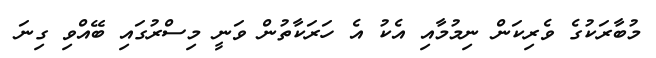
މުބާރަކުގެ ވެރިކަން ނިމުމާއި އެކު އެ ހަރަކާތުން ވަނީ މިސްރުގައި ބޭއްވި ގިނަ